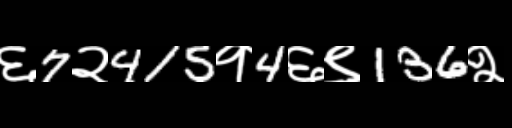
Text: ६7२415१4६९136२